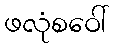
ဖလုံစဝေါ်